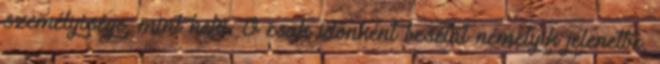
személyisége, mint neki. Ő csak időnként besétál némelyik jelenetbe,